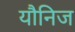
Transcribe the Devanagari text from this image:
यौनिज